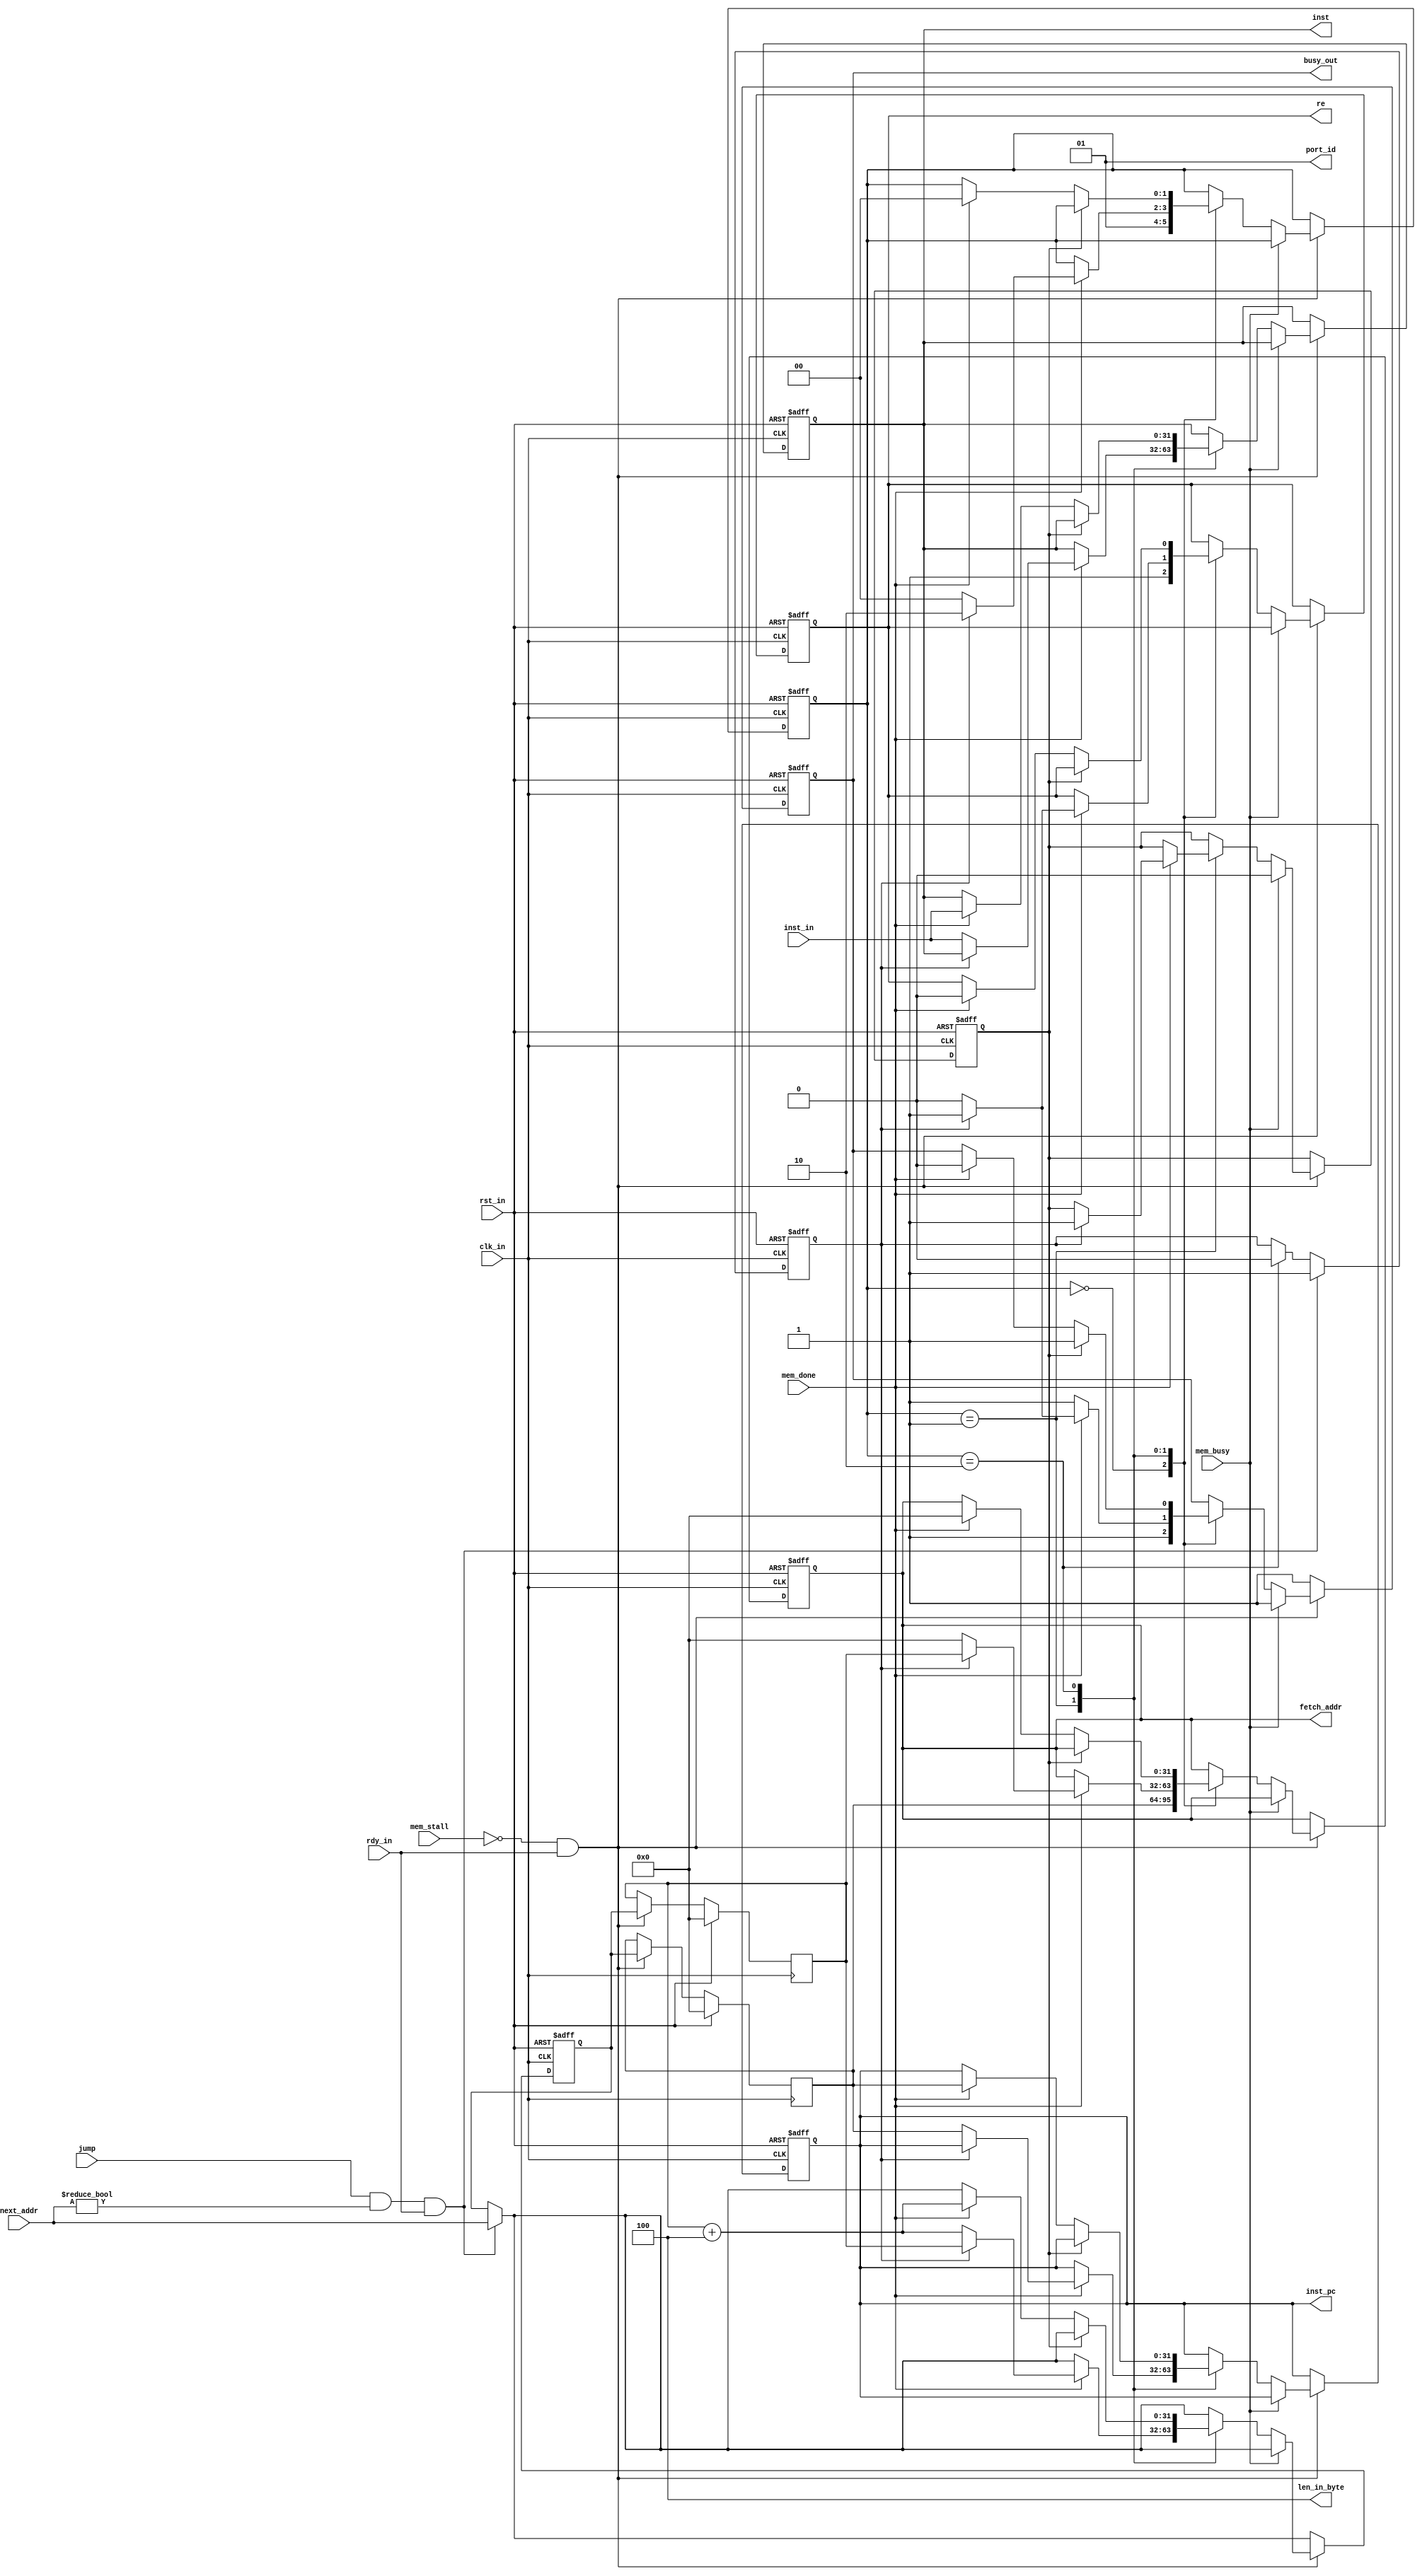
//instruction fetch
`timescale 1ns/1ps

module p_if(
    //common input
    input wire clk_in,
    input wire rst_in,
    input wire rdy_in,
    //branch
    input wire jump,
    input wire[31:0] next_addr,
    //instruction fetch
    input wire[31:0] inst_in,
    output reg re, 
    output reg[31:0] fetch_addr,
    output wire[2:0] len_in_byte,
    output wire[1:0] port_id,
    //ctrl
    input wire mem_busy,
    input wire mem_done,
    //output
    output reg[31:0] inst_pc,
    output wire[31:0] inst,
    output reg busy_out,
    
    input wire mem_stall
);

    assign port_id[0] = 1;
    assign port_id[1] = 0;
    
    reg[31:0] pc;
    reg[31:0] next_pc;
    reg[31:0] tmp_pc;
    reg[31:0] local_inst;
    reg[1:0] state;
    reg refetch_flag;
    reg is_discarded;
    
    assign len_in_byte = 4;

    localparam STATE_IDLE = 0;
    localparam STATE_WAITING_FOR_MC = 1;
    localparam STATE_WAITING_FOR_RF = 2;

    always @ (posedge clk_in or posedge rst_in) begin
        if (rst_in) begin
            state <= STATE_IDLE;
            local_inst <= 0;
            busy_out <= 0;
            refetch_flag <= 0;
            tmp_pc <= 0;
            re <= 0;
            fetch_addr <= 0;
            inst_pc <= 0;
            is_discarded <= 0;
        end 
        else begin
            if (jump && next_addr != 0 && rdy_in) begin
                tmp_pc <= next_addr;
                is_discarded <= 1;
            end
            else if (state == STATE_WAITING_FOR_RF) begin
                is_discarded <= 0;
            end
            if (!mem_stall && rdy_in) begin
                if (!mem_busy) begin
                    case (state)
                    STATE_IDLE: begin
                        re <= 1;
                        fetch_addr <= pc;
                        state <= STATE_WAITING_FOR_MC;
                        busy_out <= 1;
                    end
                    STATE_WAITING_FOR_MC: begin
                        if (!mem_done) begin
                            busy_out <= 1;
                        end
                        else if (!is_discarded) begin
                            local_inst <= inst_in;
                            inst_pc <= pc;
                            re <= 0;
                            fetch_addr <= 0;
                            tmp_pc <= next_pc + 4;
                            busy_out <= 0;
                            state <= STATE_IDLE;
                        end
                        else begin
                            busy_out <= 1;
                            re <= 1;
                            fetch_addr <= next_pc;
                            tmp_pc <= next_pc;
                            refetch_flag <= 1;
                            state <= STATE_WAITING_FOR_RF;
                        end
                    end
                    STATE_WAITING_FOR_RF: begin
                        if (mem_busy) begin
                            busy_out <= 1;
                        end
                        else if (refetch_flag) begin
                            busy_out <= 1;
                        end
                        else if (mem_done) begin
                            local_inst <= inst_in;
                            inst_pc <= pc;
                            re <= 0;
                            fetch_addr <= 0;
                            tmp_pc <= next_pc + 4;
                            busy_out <= 0;
                            state <= STATE_IDLE;
                        end
                    end
                    default: begin
                    end
                    endcase
                end
                else begin
                    refetch_flag <= 0;
                    busy_out <= 1;
                end
            end
            else begin
                busy_out <= 1;
            end
        end
    end

    assign inst = local_inst;

    always @ (posedge clk_in) begin
        if (rst_in) begin
            next_pc <= 0;
            pc <= 0;
        end
        else if (!mem_stall && rdy_in) begin
            next_pc <= tmp_pc;
            pc <= tmp_pc;
        end
    end
    
endmodule